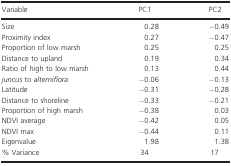
<table><thead><tr><td><b>Variable</b></td><td><b>PC1</b></td><td><b>PC2</b></td></tr></thead><tbody><tr><td>Size</td><td>0.28</td><td>−0.49</td></tr><tr><td>Proximity index</td><td>0.27</td><td>−0.47</td></tr><tr><td>Proportion of low marsh</td><td>0.25</td><td>0.25</td></tr><tr><td>Distance to upland</td><td>0.19</td><td>0.34</td></tr><tr><td>Ratio of high to low marsh</td><td>0.13</td><td>0.44</td></tr><tr><td><i>juncus</i> to <i>alterniflora</i></td><td>−0.06</td><td>−0.13</td></tr><tr><td>Latitude</td><td>−0.31</td><td>−0.28</td></tr><tr><td>Distance to shoreline</td><td>−0.33</td><td>−0.21</td></tr><tr><td>Proportion of high marsh</td><td>−0.38</td><td>0.03</td></tr><tr><td>NDVI average</td><td>−0.42</td><td>0.05</td></tr><tr><td>NDVI max</td><td>−0.44</td><td>0.11</td></tr><tr><td>Eigenvalue</td><td>1.98</td><td>1.38</td></tr><tr><td>% Variance</td><td>34</td><td>17</td></tr></tbody></table>